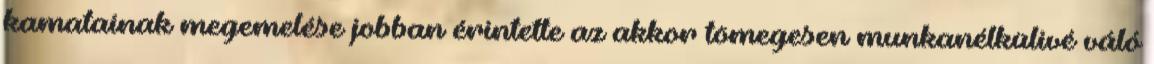
kamatainak megemelése jobban érintette az akkor tömegesen munkanélkülivé váló